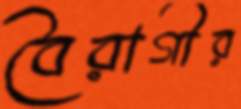
বৈরাগীর